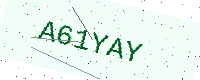
Text: A61YAY